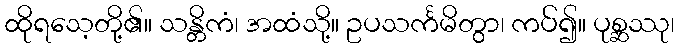
ထိုရသေ့တို့၏။ သန္တိကံ၊ အထံသို့။ ဥပသင်္ကမိတွာ၊ ကပ်၍။ ပုစ္ဆဿု၊